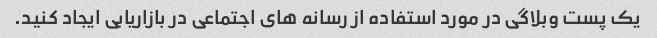
یک پست وبلاگی در مورد استفاده از رسانه های اجتماعی در بازاریابی ایجاد کنید.